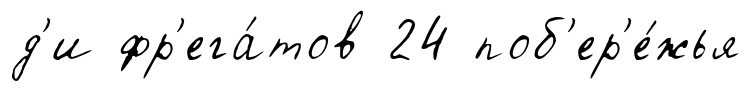
д'и фр'ега́тов 24 поб'ер'е́жья